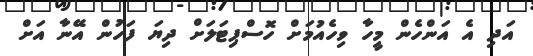
އަދި އެ އަންހެން މީހާ ވިހެއުމަށް ހޮސްޕިޓަލަށް ދިޔަ ފަހުން އޭނާ އަށް